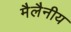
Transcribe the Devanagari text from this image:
मैलैनीय